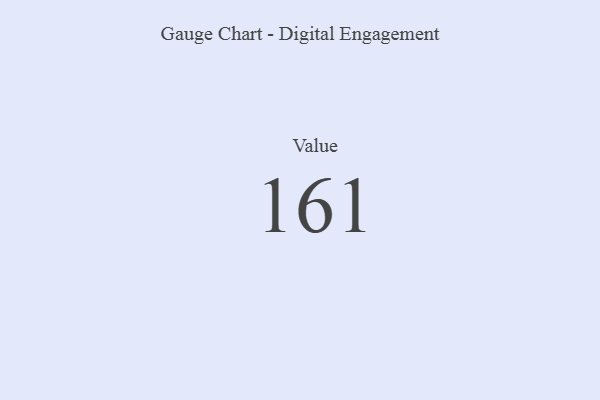
{"axis": {"x": "Metric", "y": "Value"}, "legend": [""], "data": [{"x": "Value", "y": 161, "type": ""}]}